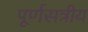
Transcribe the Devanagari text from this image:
पूर्णसत्रीय